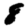
Digit: 8